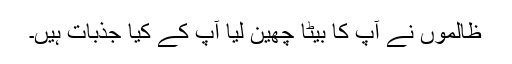
ظالموں نے آپ کا بیٹا چھین لیا آپ کے کیا جذبات ہیں۔